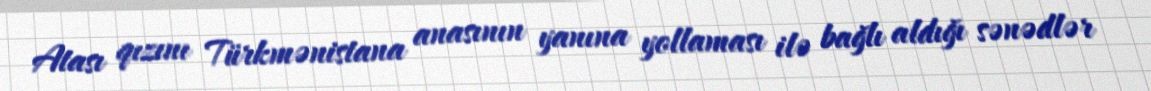
Atası qızını Türkmənistana anasının yanına yollaması ilə bağlı aldığı sənədlər